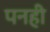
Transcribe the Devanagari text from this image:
पनही